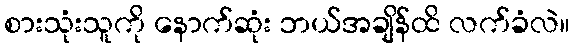
စားသုံးသူကို နောက်ဆုံး ဘယ်အချိန်ထိ လက်ခံလဲ။